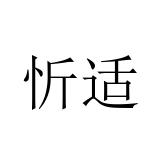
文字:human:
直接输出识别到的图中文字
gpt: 忻适